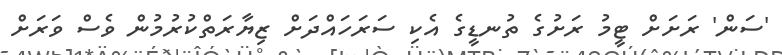
'ސަން' ރަށަށް ޓީމު ރަށުގެ ތުނޑީގެ އެކި ސަރަހައްދަށް ޒިޔާރަތްކުރުމުން ވެސް ވަރަށް